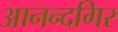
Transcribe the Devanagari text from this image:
आनन्दगिर